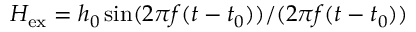
H _ { \mathrm { e x } } = h _ { 0 } \sin ( 2 \pi f ( t - t _ { 0 } ) ) / ( 2 \pi f ( t - t _ { 0 } ) )